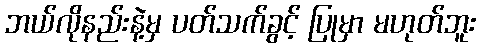
ဘယ်လိုနည်းနဲ့မှ ပတ်သက်ခွင့် ပြုမှာ မဟုတ်ဘူး